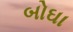
બોઘા